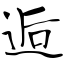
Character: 逅